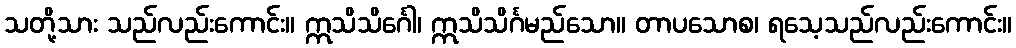
သတို့သား သည်လည်းကောင်း။ ဣသိသိင်္ဂေါ၊ ဣသိသိင်္ဂမည်သော။ တာပသောစ၊ ရသေ့သည်လည်းကောင်း။